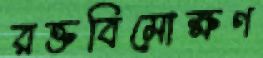
রক্তবিমোক্ষণ